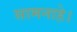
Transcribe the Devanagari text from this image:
सामनाहे।